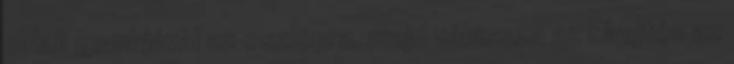
oldali gombjával az oszlopra, majd válassza az Elrejtés az